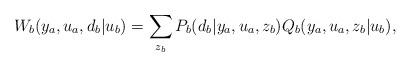
LaTeX: \begin{align*} W_b(y_a,u_a,d_b|u_b) = \sum_{z_b} P_b(d_b|y_a,u_a,z_b) Q_b(y_a,u_a,z_b|u_b),\end{align*}